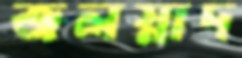
জলস্নাদ